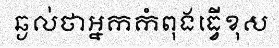
ឆ្ងល់ថាអ្នកកំពុងធ្វើខុស